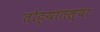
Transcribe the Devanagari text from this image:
तोट्यातल्या